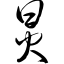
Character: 炅